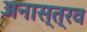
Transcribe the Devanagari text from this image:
अनास्त्रव